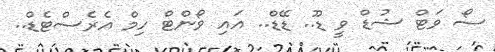
ސޯ ވަޓް ޝުޑް ވީ ޑޫ.. ޑޭޑް.. އައި ވޯންޓް ހިމް އެރެސްޓެޑް..